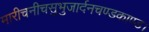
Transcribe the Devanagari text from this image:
मारीचनीचसुभुजार्दनचण्डकाण्ड।